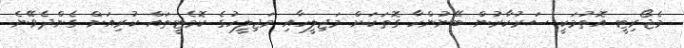
މެޖޯރިޓީ އޮތުމަކީ ސަރުކާރުން ބޭނުންހާ ގޮތަކަށް މަޖިލީހާއި މަޖިލީހުގެ ކޮމެޓީތައް ކުރިއަށް ގެންދެވޭނެ